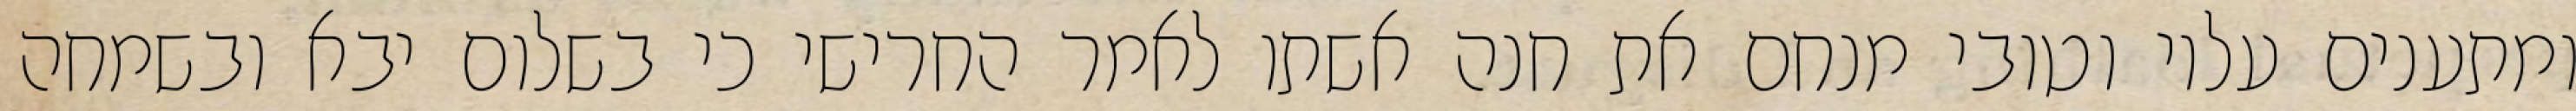
ומתענים עליו וטובי מנחם את חנה אשתו לאמר החרישי כי בשלום יבא ובשמחה